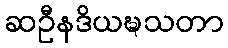
ဆဦနဒိယဍ္ဎသတာ